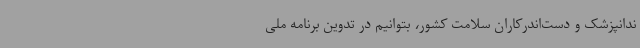
ندانپزشک و دست‌اندرکاران سلامت کشور، بتوانیم در تدوین برنامه ملی